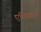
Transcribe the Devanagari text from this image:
एशियाली